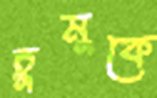
চুমুকে